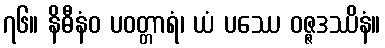
၇၆။ နိဓီနံဝ ပဝတ္တာရံ၊ ယံ ပဿေ ဝဇ္ဇဒဿိနံ။